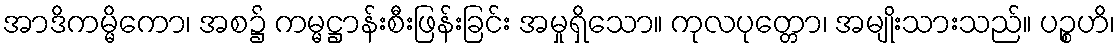
အာဒိကမ္မိကော၊ အစ၌ ကမ္မဋ္ဌာန်းစီးဖြန်းခြင်း အမှုရှိသော။ ကုလပုတ္တော၊ အမျိုးသားသည်။ ပဉ္စဟိ၊